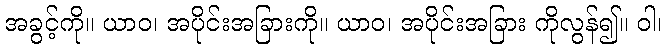
အခွင့်ကို။ ယာဝ၊ အပိုင်းအခြားကို။ ယာဝ၊ အပိုင်းအခြား ကိုလွန်၍။ ဝါ၊